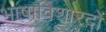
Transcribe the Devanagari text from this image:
भाषाविशारदों